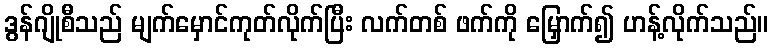
ဒွန်ဂျိုစီသည် မျက်မှောင်ကုတ်လိုက်ပြီး လက်တစ် ဖက်ကို မြှောက်၍ ဟန့်လိုက်သည်။